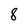
Character: 8